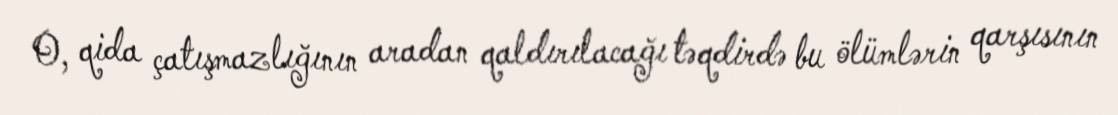
O, qida çatışmazlığının aradan qaldırılacağı təqdirdə bu ölümlərin qarşısının